Civil Veterinary Dept. Bombay admin report 1932-41 - 1932-1941
Year: 1932
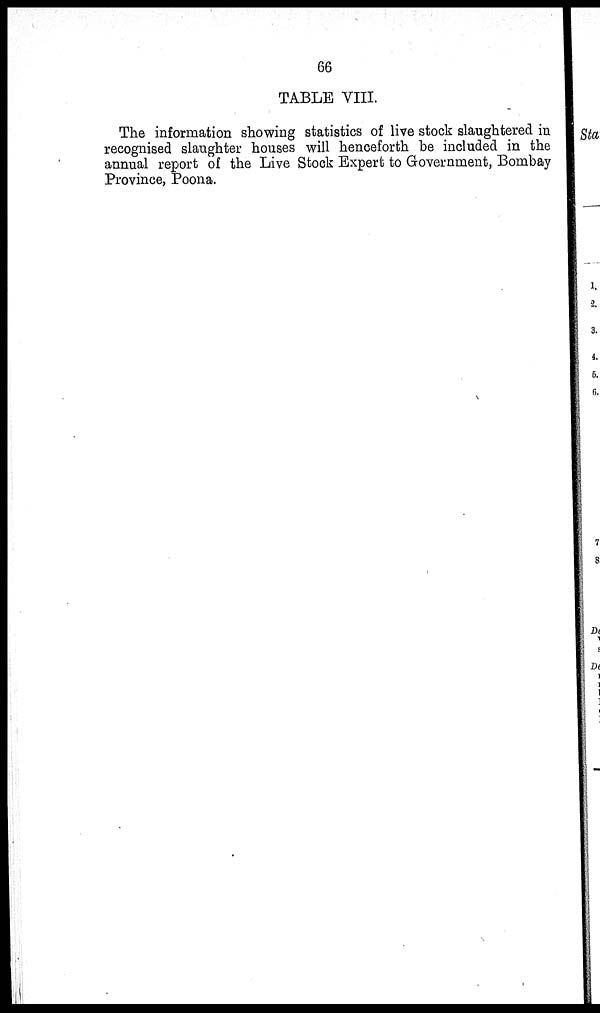
66
TABLE VIII.
The information showing statistics of live stock slaughtered in
recognised slaughter houses will henceforth be included in the
annual report of the Live Stock Expert to Government, Bombay
Province, Poona.